Indian journal of veterinary science and animal husbandry - Volume 5,
Year: 1935
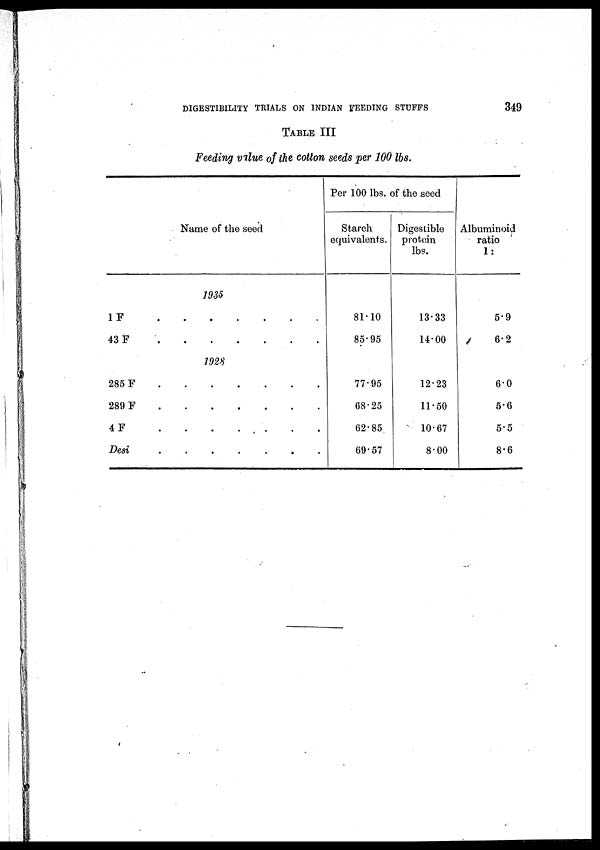
DIGESTIBILITY TEIALS ON INDIAN FEEDING STUFFS
349
TABLE III
Feeding value of the cotton seeds per 100 lbs.
Name of the seed
1935
1 F
.
.
.
.
.
.
.
43 F . . . . . . .
1928
285 F
.
.
.
.
.
.
.
289 F
.
.
.
.
.
.
.
4F
.
.
.
.
.
.
.
Desi
.
.
.
.
.
.
.
Per 100 lbs. of the seed
Starch
equivalents.
81.10
85.95
77.95
68.25
62.85
69.57
Digestible
protein
lbs.
13.33
14.00
12.23
11.50
10.67
8.00
Albuminoid
ratio
1:
5.9
6.2
6.0
5.6
5.5
8.6